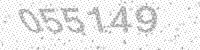
Solution: 055149